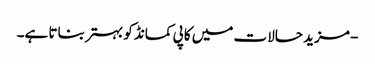
- مزید حالات میں کاپی کمانڈ کو بہتر بناتا ہے۔